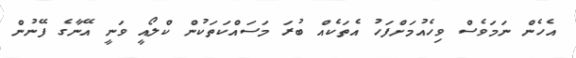
އެހެން ނަމަވެސް ވިހެއުމަށްފަހު އެތަކެއް ބުރަ މަސައްކަތަކުން ކްލޯއީ ވަނީ އޭނާގެ ފޭނުން